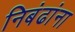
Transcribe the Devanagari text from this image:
निबंढांना